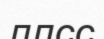
ллсс